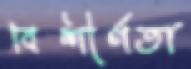
বিশীর্ণতা